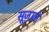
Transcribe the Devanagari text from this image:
सूज़ाने